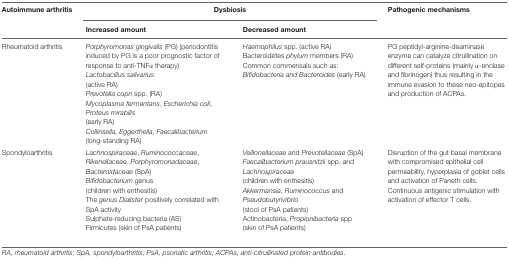
<table><thead><tr><td><b>Autoimmune arthritis</b></td><td colspan="2"><b>Dysbiosis</b></td><td><b>Pathogenic mechanisms</b></td></tr><tr><td></td><td><b>Increased amount</b></td><td><b>Decreased amount</b></td><td></td></tr></thead><tbody><tr><td>Rheumatoid arthritis</td><td><i>Porphyromonas gingivalis</i> (PG) (periodontitis induced by PG is a poor prognostic factor of response to anti-TNFα therapy) <i>Lactobacillus salivarius</i> (active RA) <i>Prevotella copri</i> spp. (RA) <i>Mycoplasma fermentans, Escherichia coli, Proteus mirabilis</i> (early RA) <i>Collinsella, Eggerthella, Faecalibacterium</i> (long-standing RA)</td><td><i>Haemophilus</i> spp. (active RA) Bacteroidetes <i>phylum</i> members (RA) Common commensals such as: <i>Bifidobacteria and Bacteroides</i> (early RA)</td><td>PG peptidyl-arginine-deaminase enzyme can catalyze citrullination on different self-proteins (mainly α-enolase and fibrinogen) thus resulting in the immune evasion to these neo-epitopes and production of ACPAs.</td></tr><tr><td>Spondyloarthritis</td><td><i>Lachnospiraceae, Ruminococcaceae, Rikenellaceae, Porphyromonadaceae, Bacteroidaceae</i> (SpA) <i>Bifidobacterium</i> genus (children with enthesitis) The <i>genus Dialister</i> positively correlated with SpA activity Sulphate-reducing bacteria (AS) Firmicutes (skin of PsA patients)</td><td><i>Veillonellaceae</i> and <i>Prevotellaceae</i> (SpA)<i> Faecalibacterium prausnitzii</i> spp. and <i>Lachnospiraceae</i> (children with enthesitis) <i>Akkermansia, Ruminococcus</i> and <i>Pseudobutyrivibrio</i> (stool of PsA patients) Actinobacteria, <i>Propionibacteria</i> spp (skin of PsA patients)</td><td>Disruption of the gut basal membrane with compromised epithelial cell permeability, hyperplasia of goblet cells and activation of Paneth cells. Continuous antigenic stimulation with activation of effector T cells.</td></tr></tbody></table>